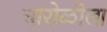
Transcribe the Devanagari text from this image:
चारोळीला